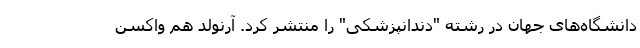
دانشگاه‌های جهان در رشته "دندانپزشکی" را منتشر کرد. آرنولد هم واکسن